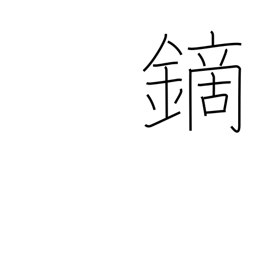
Meaning: arrowhead